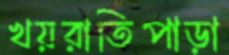
খয়রাতিপাড়া